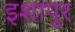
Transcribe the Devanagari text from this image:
इशापुर